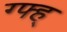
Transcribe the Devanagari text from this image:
ग्फ्ह्